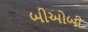
બીઓબી